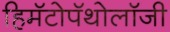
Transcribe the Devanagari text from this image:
हिमॅटोपॅथोलॉजी